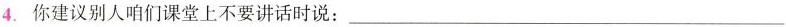
4.你建议别人咱们课堂上不要讲话时说：___